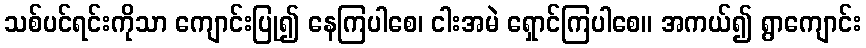
သစ်ပင်ရင်းကိုသာ ကျောင်းပြု၍ နေကြပါစေ၊ ငါးအမဲ ရှောင်ကြပါစေ။ အကယ်၍ ရွာကျောင်း